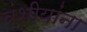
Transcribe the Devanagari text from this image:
वंशीयांना